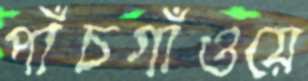
পাঁচগাঁওয়ে